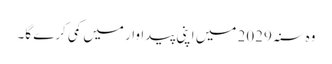
وہ سنہ 2029 میں اپنی پیداوار میں کمی کرے گا۔